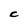
Character: C